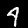
Label: 4